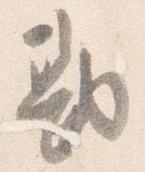
勘